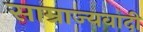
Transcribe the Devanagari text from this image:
साम्राज्‍यवादी